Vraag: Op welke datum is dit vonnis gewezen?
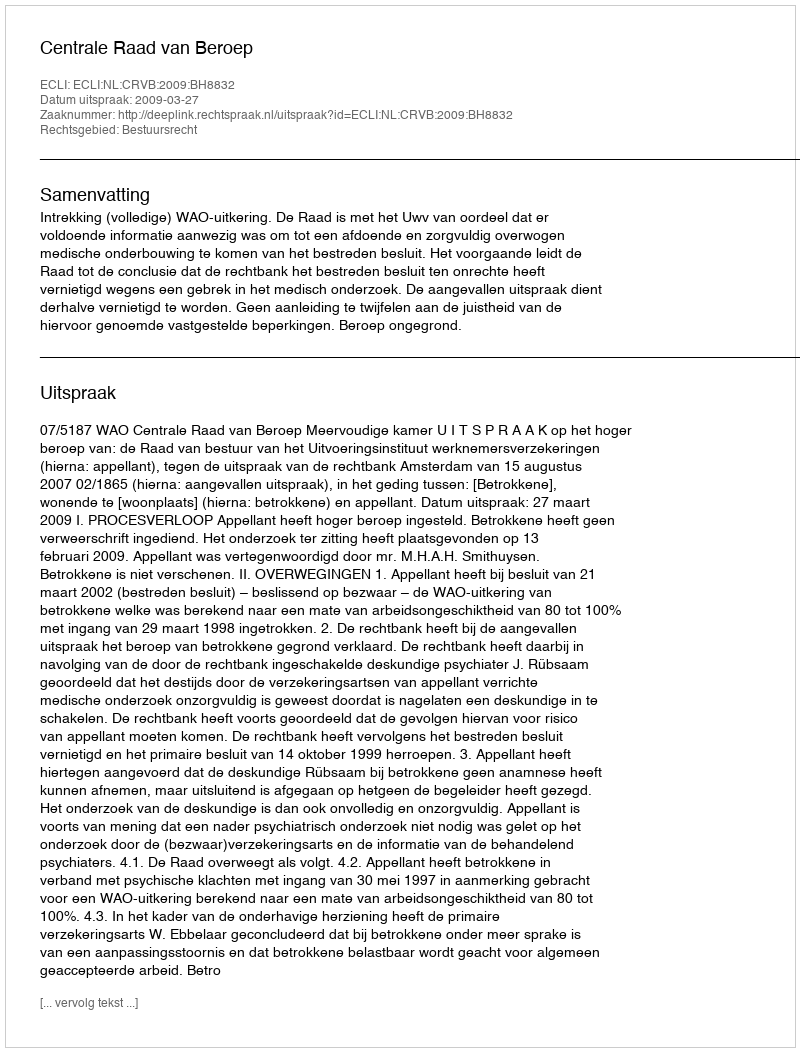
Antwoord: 2009-03-27